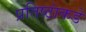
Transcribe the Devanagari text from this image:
प्रतिष्ठांकडे